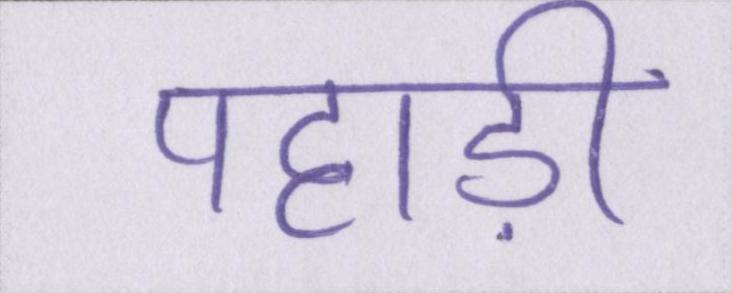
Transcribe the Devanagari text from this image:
पहाड़ी